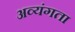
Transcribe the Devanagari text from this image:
अव्यंगता